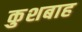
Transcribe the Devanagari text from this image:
कुशबाह